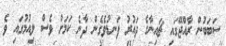
ސަބަބުން ރާއްޖޭގައި ޗައިނާގެ ދައުރު ފަނޑުވެގެން ދާނެ ކަމަށް ވެސް ލިއުމުގައި ވެ